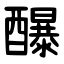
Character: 䤖